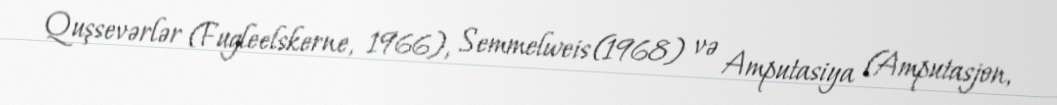
Quşsevərlər (Fugleelskerne, 1966), Semmelweis (1968) və Amputasiya (Amputasjon,